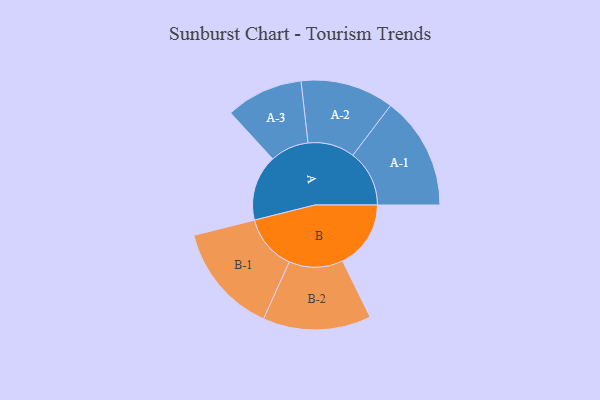
{"axis": {"x": "Segment", "y": "Value"}, "legend": ["", "A", "B"], "data": [{"x": "A", "y": 324, "type": ""}, {"x": "B", "y": 336, "type": ""}, {"x": "A-1", "y": 278, "type": "A"}, {"x": "A-2", "y": 230, "type": "A"}, {"x": "A-3", "y": 190, "type": "A"}, {"x": "B-1", "y": 272, "type": "B"}, {"x": "B-2", "y": 266, "type": "B"}]}